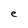
Character: e